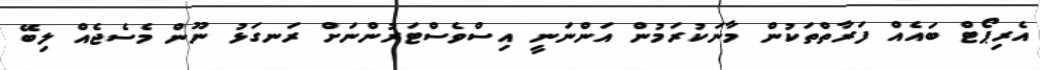
އެރިޕޯޓް ބައެއް ފަރާތްތަކުން މާނަކުރަމުން އަންނަނީ އިސްވެސްޓަރުންނަށް ރަނގަޅު ނޫން މެސެޖެއް ލިބޭ